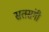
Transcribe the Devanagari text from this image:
सतसंगी